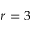
r = 3